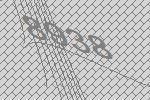
8938